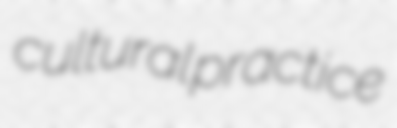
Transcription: cultural practice